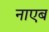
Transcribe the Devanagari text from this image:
नाएब